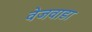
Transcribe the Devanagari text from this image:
वेजवाडा